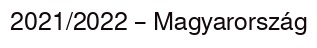
2021/2022 – Magyarország